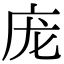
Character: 庞